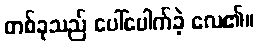
တစ်ခုသည် ပေါ်ပေါက်ခဲ့ လေ၏။